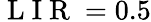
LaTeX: \mathrm{~L~I~R~}=0.5